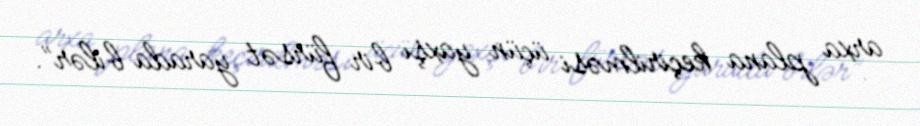
arxa plana keçirilməsi üçün yaxşı bir fürsət yarada bilər”.